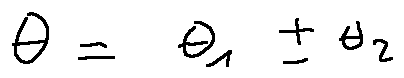
\theta = \theta _ { 1 } \pm \theta _ { 2 }